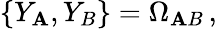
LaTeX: \{ Y_{\mathbf{A}},Y_{B}\} =\Omega_{\mathbf{A}B}\, ,